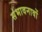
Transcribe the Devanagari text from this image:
संभावनावों